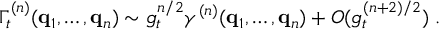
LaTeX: \Gamma _ { t } ^ { ( n ) } ( { \bf { q } } _ { 1 } , \ldots , { \bf { q } } _ { n } ) \sim g _ { t } ^ { n / 2 } \gamma ^ { ( n ) } ( { \bf { q } } _ { 1 } , \ldots , { \bf { q } } _ { n } ) + O ( g _ { t } ^ { ( n + 2 ) / 2 } ) \; .